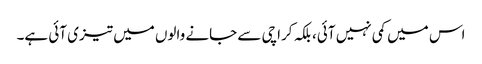
اس میں کمی نہیں آئی، بلکہ کراچی سے جانے والوں میں تیزی آئی ہے۔